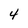
Character: 4